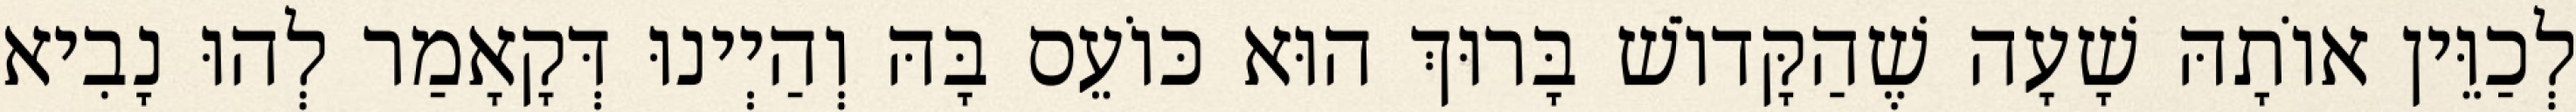
לְכַוֵּין אוֹתָהּ שָׁעָה שֶׁהַקָּדוֹשׁ בָּרוּךְ הוּא כּוֹעֵס בָּהּ וְהַיְינוּ דְּקָאָמַר לְהוּ נָבִיא